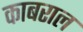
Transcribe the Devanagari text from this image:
काबराल